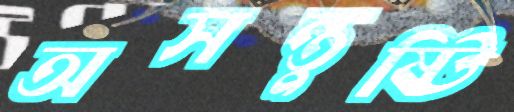
অসন্তুষ্টি